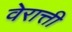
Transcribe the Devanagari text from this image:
वेरात्ती